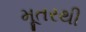
મૂતરથી